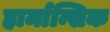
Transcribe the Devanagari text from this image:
हार्मान्सिक